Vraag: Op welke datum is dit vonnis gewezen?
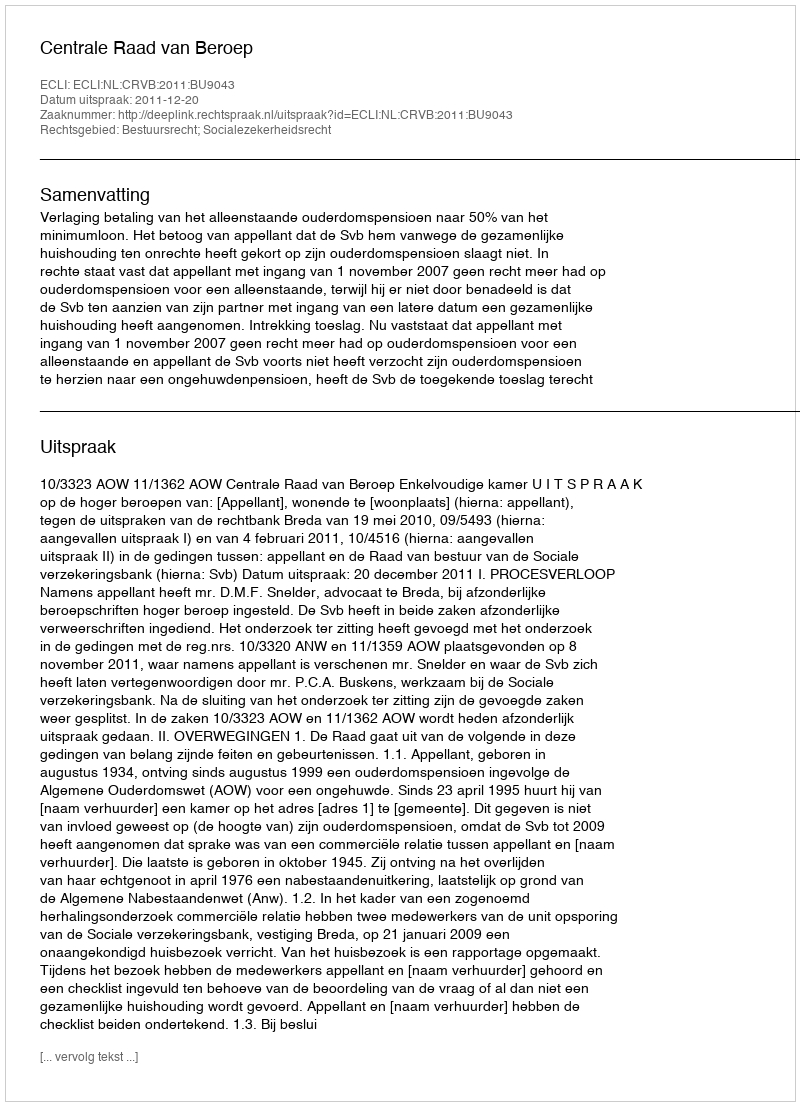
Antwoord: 2011-12-20